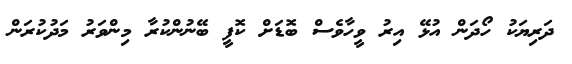
ދަރިޔަކު ހޯދަން އުޅޭ އިރު ވީހާވެސް ބޮޑަށް ކޮފީ ބޭނުންކުރާ މިންވަރު މަދުކުރަން